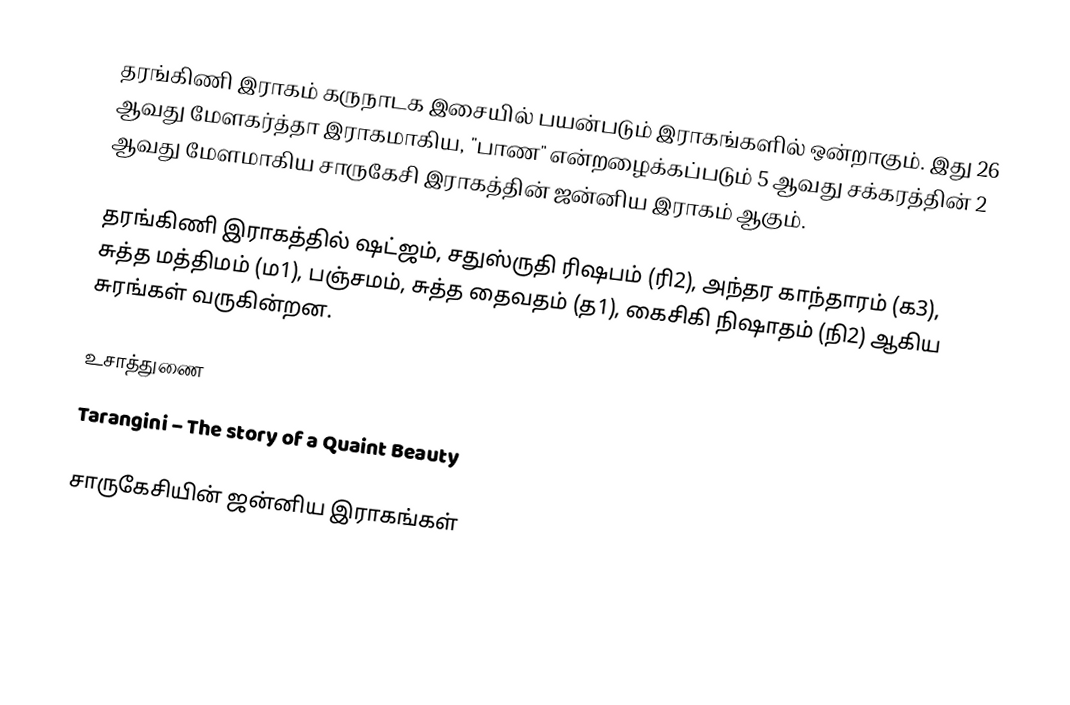
தரங்கிணி இராகம் கருநாடக இசையில் பயன்படும் இராகங்களில் ஒன்றாகும். இது 26 ஆவது மேளகர்த்தா இராகமாகிய, "பாண" என்றழைக்கப்படும் 5 ஆவது சக்கரத்தின் 2 ஆவது மேளமாகிய சாருகேசி இராகத்தின் ஜன்னிய இராகம் ஆகும்.

தரங்கிணி இராகத்தில் ஷட்ஜம், சதுஸ்ருதி ரிஷபம் (ரி2), அந்தர காந்தாரம் (க3), சுத்த மத்திமம் (ம1), பஞ்சமம், சுத்த தைவதம் (த1), கைசிகி நிஷாதம் (நி2) ஆகிய சுரங்கள் வருகின்றன.

உசாத்துணை
 Tarangini – The story of a Quaint Beauty

சாருகேசியின் ஜன்னிய இராகங்கள்